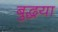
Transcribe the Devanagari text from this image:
बुद्धया